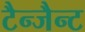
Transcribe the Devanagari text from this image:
टैन्जैन्ट